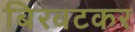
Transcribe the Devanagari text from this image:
बिरवटकर